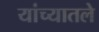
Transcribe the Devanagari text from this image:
यांच्यातले